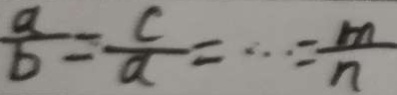
\frac { a } { b } = \frac { c } { a } = \cdots = \frac { m } { n }